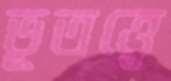
ভূতত্ত্বে